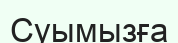
Суымызға